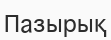
Пазырық